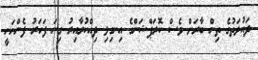
ދައުލަތުގެ ތިން ބާރަށް ވެސް ކޮރަޕްޝަންގެ އިނގިލި ދިއްކުރާއިރު ގިނަ ފަހަރު ފެންނަނީ